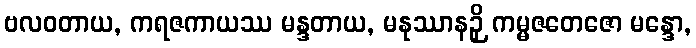
ဗလဝတာယ, ကရဇကာယဿ မန္ဒတာယ, မနုဿာနဉှိ ကမ္မဇတေဇော မန္ဒော,